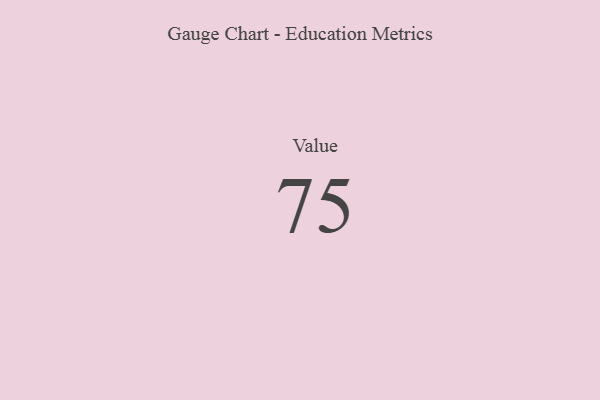
{"axis": {"x": "Metric", "y": "Value"}, "legend": [""], "data": [{"x": "Value", "y": 75, "type": ""}]}